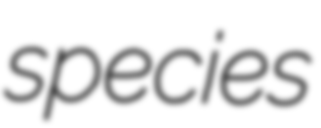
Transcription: species